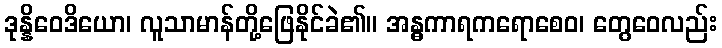
ဒုန္နိဝေဒိယော၊ လူသာမာန်တို့ဖြေနိုင်ခဲ၏။ အန္ဓကာရကရောစေဝ၊ တွေဝေလည်း